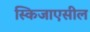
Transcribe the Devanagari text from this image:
स्किजाएसील